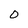
Character: 0